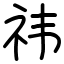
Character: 祎